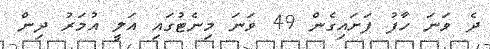
ދެ ވަނަ ހާފު ފަށައިގެން 49 ވަނަ މިނެޓުގައި އަލީ އުމަރު ދިން